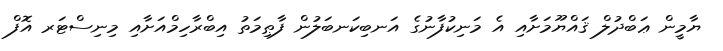
ޔާމީން ޢަބްދުލް ޤައްޔޫމަށާއި އެ މަނިކުފާނުގެ އަނބިކަނބަލުން ފާޠިމަތު އިބްރާހިމްއަށާއި މިނިސްޓަރ އޮފް